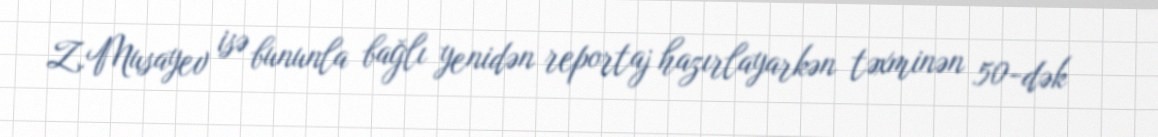
Z.Musayev isə bununla bağlı yenidən reportaj hazırlayarkən təxminən 50-dək